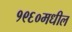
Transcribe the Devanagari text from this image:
१९६०मधील